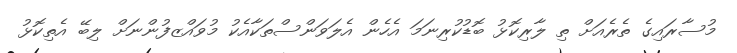
މުސާރައިގެ ތެރެއަށް ތި ލާރިކޮޅު ބޮޑުކުރިނަމަ އެހެން އެލަވަންސްތަކާއެކު މުވައްޒފުންނަށް ލިބޭ އެތިކޮޅު